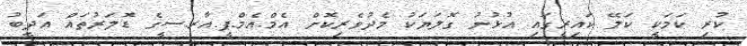
ކުރި ކަމަކީ ކަލޭ ކައިރީގައި އުޅުނު ގޮލަޔަކު މެދުވެރިކޮށް އެމް.އެމް.ޕީ.އާރ.ސީގެ ޑޮލަރުތައް އަދީބު